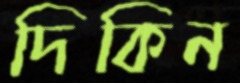
দিকিন